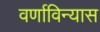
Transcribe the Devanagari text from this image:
वर्णाविन्यास